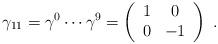
LaTeX: \begin{align*}\gamma_{11} = \gamma^0 \cdots \gamma^9 = \left( \begin{array}{cc} 1 & 0 \\ 0 & -1 \end{array} \right) \ .\end{align*}